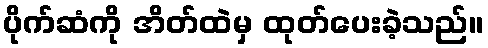
ပိုက်ဆံကို အိတ်ထဲမှ ထုတ်ပေးခဲ့သည်။